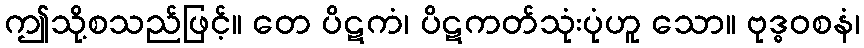
ဤသို့စသည်ဖြင့်။ တေ ပိဋကံ၊ ပိဋကတ်သုံးပုံဟူ သော။ ဗုဒ္ဓဝစနံ၊